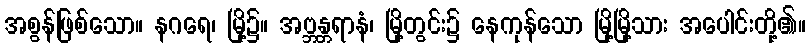
အစွန်ဖြစ်သော။ နဂရေ၊ မြို့၌။ အဗ္ဘန္တရာနံ၊ မြို့တွင်း၌ နေကုန်သော မြို့မြို့သား အပေါင်းတို့၏။